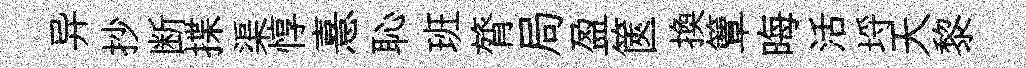
异抄断揲渠惇憙恥班膂局盈篋換簟晦活埓天黎